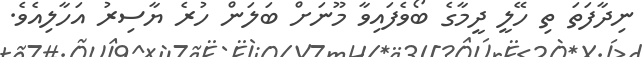
ނިދާފަތަ ތި ހޭލީ ދީމާގެ ބޯވެފައިވާ މޫނަށް ބަލަން ހުރެ ޔާސިރު އަހާލިއެވެ.